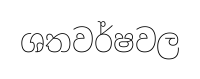
ශතවර්ෂවල